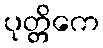
ပုတ္တိကေ